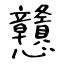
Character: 戇